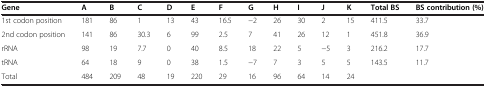
<table><thead><tr><td><b>Gene</b></td><td><b>A</b></td><td><b>B</b></td><td><b>C</b></td><td><b>D</b></td><td><b>E</b></td><td><b>F</b></td><td><b>G</b></td><td><b>H</b></td><td><b>I</b></td><td><b>J</b></td><td><b>K</b></td><td><b>Total BS</b></td><td><b>BS contribution (%)</b></td></tr></thead><tbody><tr><td>1st codon position</td><td>181</td><td>86</td><td>1</td><td>13</td><td>43</td><td>16.5</td><td>−2</td><td>26</td><td>30</td><td>2</td><td>15</td><td>411.5</td><td>33.7</td></tr><tr><td>2nd codon position</td><td>141</td><td>86</td><td>30.3</td><td>6</td><td>99</td><td>2.5</td><td>7</td><td>41</td><td>26</td><td>12</td><td>1</td><td>451.8</td><td>36.9</td></tr><tr><td>rRNA</td><td>98</td><td>19</td><td>7.7</td><td>0</td><td>40</td><td>8.5</td><td>18</td><td>22</td><td>5</td><td>−5</td><td>3</td><td>216.2</td><td>17.7</td></tr><tr><td>tRNA</td><td>64</td><td>18</td><td>9</td><td>0</td><td>38</td><td>1.5</td><td>−7</td><td>7</td><td>3</td><td>5</td><td>5</td><td>143.5</td><td>11.7</td></tr><tr><td>Total</td><td>484</td><td>209</td><td>48</td><td>19</td><td>220</td><td>29</td><td>16</td><td>96</td><td>64</td><td>14</td><td>24</td><td> </td><td> </td></tr></tbody></table>